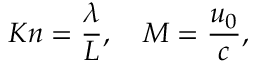
K n = \frac { \lambda } { L } , \quad M = \frac { u _ { 0 } } { c } ,